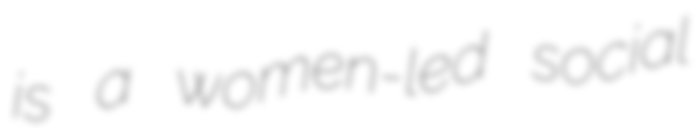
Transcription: is a women-led social